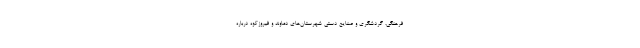
فرهنگی، گردشگری و صنایع دستی شهرستان‌های دماوند و فیروزکوه درباره